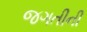
જગતીની